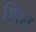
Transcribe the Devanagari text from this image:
शिब